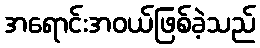
အရောင်းအဝယ်ဖြစ်ခဲ့သည်